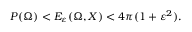
P ( \Omega ) < E _ { \varepsilon } ( \Omega , X ) < 4 \pi ( 1 + \varepsilon ^ { 2 } ) .